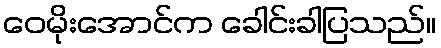
ဝေမိုးအောင်က ခေါင်းခါပြသည်။